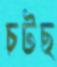
চটছ